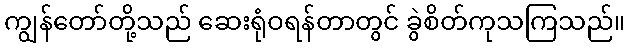
ကျွန်တော်တို့သည် ဆေးရုံဝရန်တာတွင် ခွဲစိတ်ကုသကြသည်။